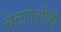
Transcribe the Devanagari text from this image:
चेतापेशीही